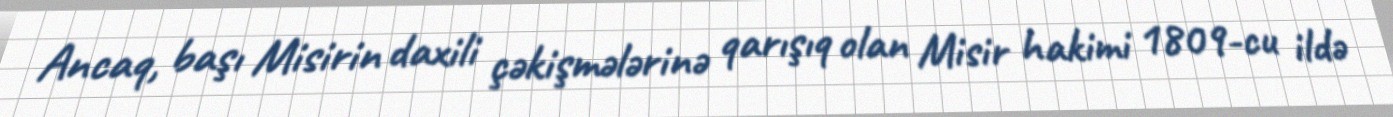
Ancaq, başı Misirin daxili çəkişmələrinə qarışıq olan Misir hakimi 1809-cu ildə